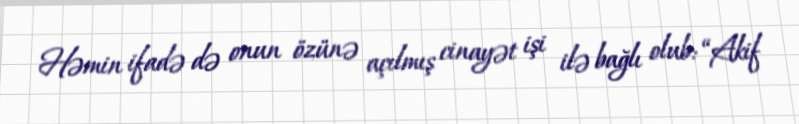
Həmin ifadə də onun özünə açılmış cinayət işi ilə bağlı olub: “Akif